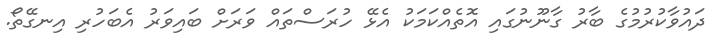
ދައުވާކުރުމުގެ ބާރު ގާނޫނުގައި އޮތެއްކަމަކު އެޅޭ ހުރަސްތައް ވަރަށް ބައިވަރު އެބަހުރި އިނގޭތޯ.